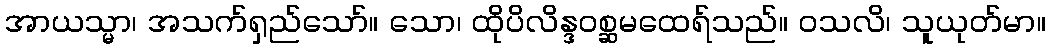
အာယသ္မာ၊ အသက်ရှည်သော်။ သော၊ ထိုပိလိန္ဒဝစ္ဆမထေရ်သည်။ ဝသလိ၊ သူယုတ်မာ။